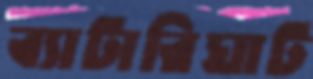
ব্যাটারিঘাট